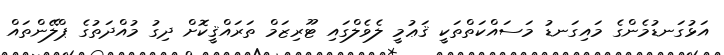
އަޅުގަނޑުމެންގެ މައިގަނޑު މަސައްކަތްތަކީ ޤަޢުމީ ލެވެލްގައި ޓޫރިޒަމް ތަރައްޤީކޮށް ދިގު މުއްދަތުގެ ޕްލޭންތައް